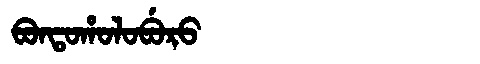
Manchu: ᠪᠣᠨᡨᠣᡥᠣᠯᠣᠪᡠᡵᠣ
Romanization: BONTOHOLOBURO